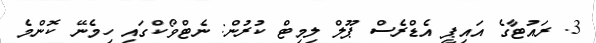
3. ރައުޓާގެ އައިޕީ އެޑްރެސް ޕޫލް ލިމިޓް ކުރުން: ނެޓްވޯކްގައި ހިމެނޭ ކޮންމެ